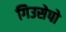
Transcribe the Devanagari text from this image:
गिउसेपो